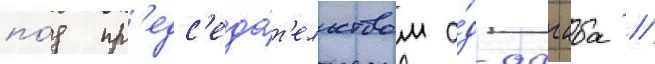
по́д пр'едс'еда́т'ельством а́д-дагаба //